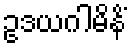
ဥဒယဂါမိနိံ